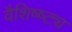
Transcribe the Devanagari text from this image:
वैशिष्ष्ट्य